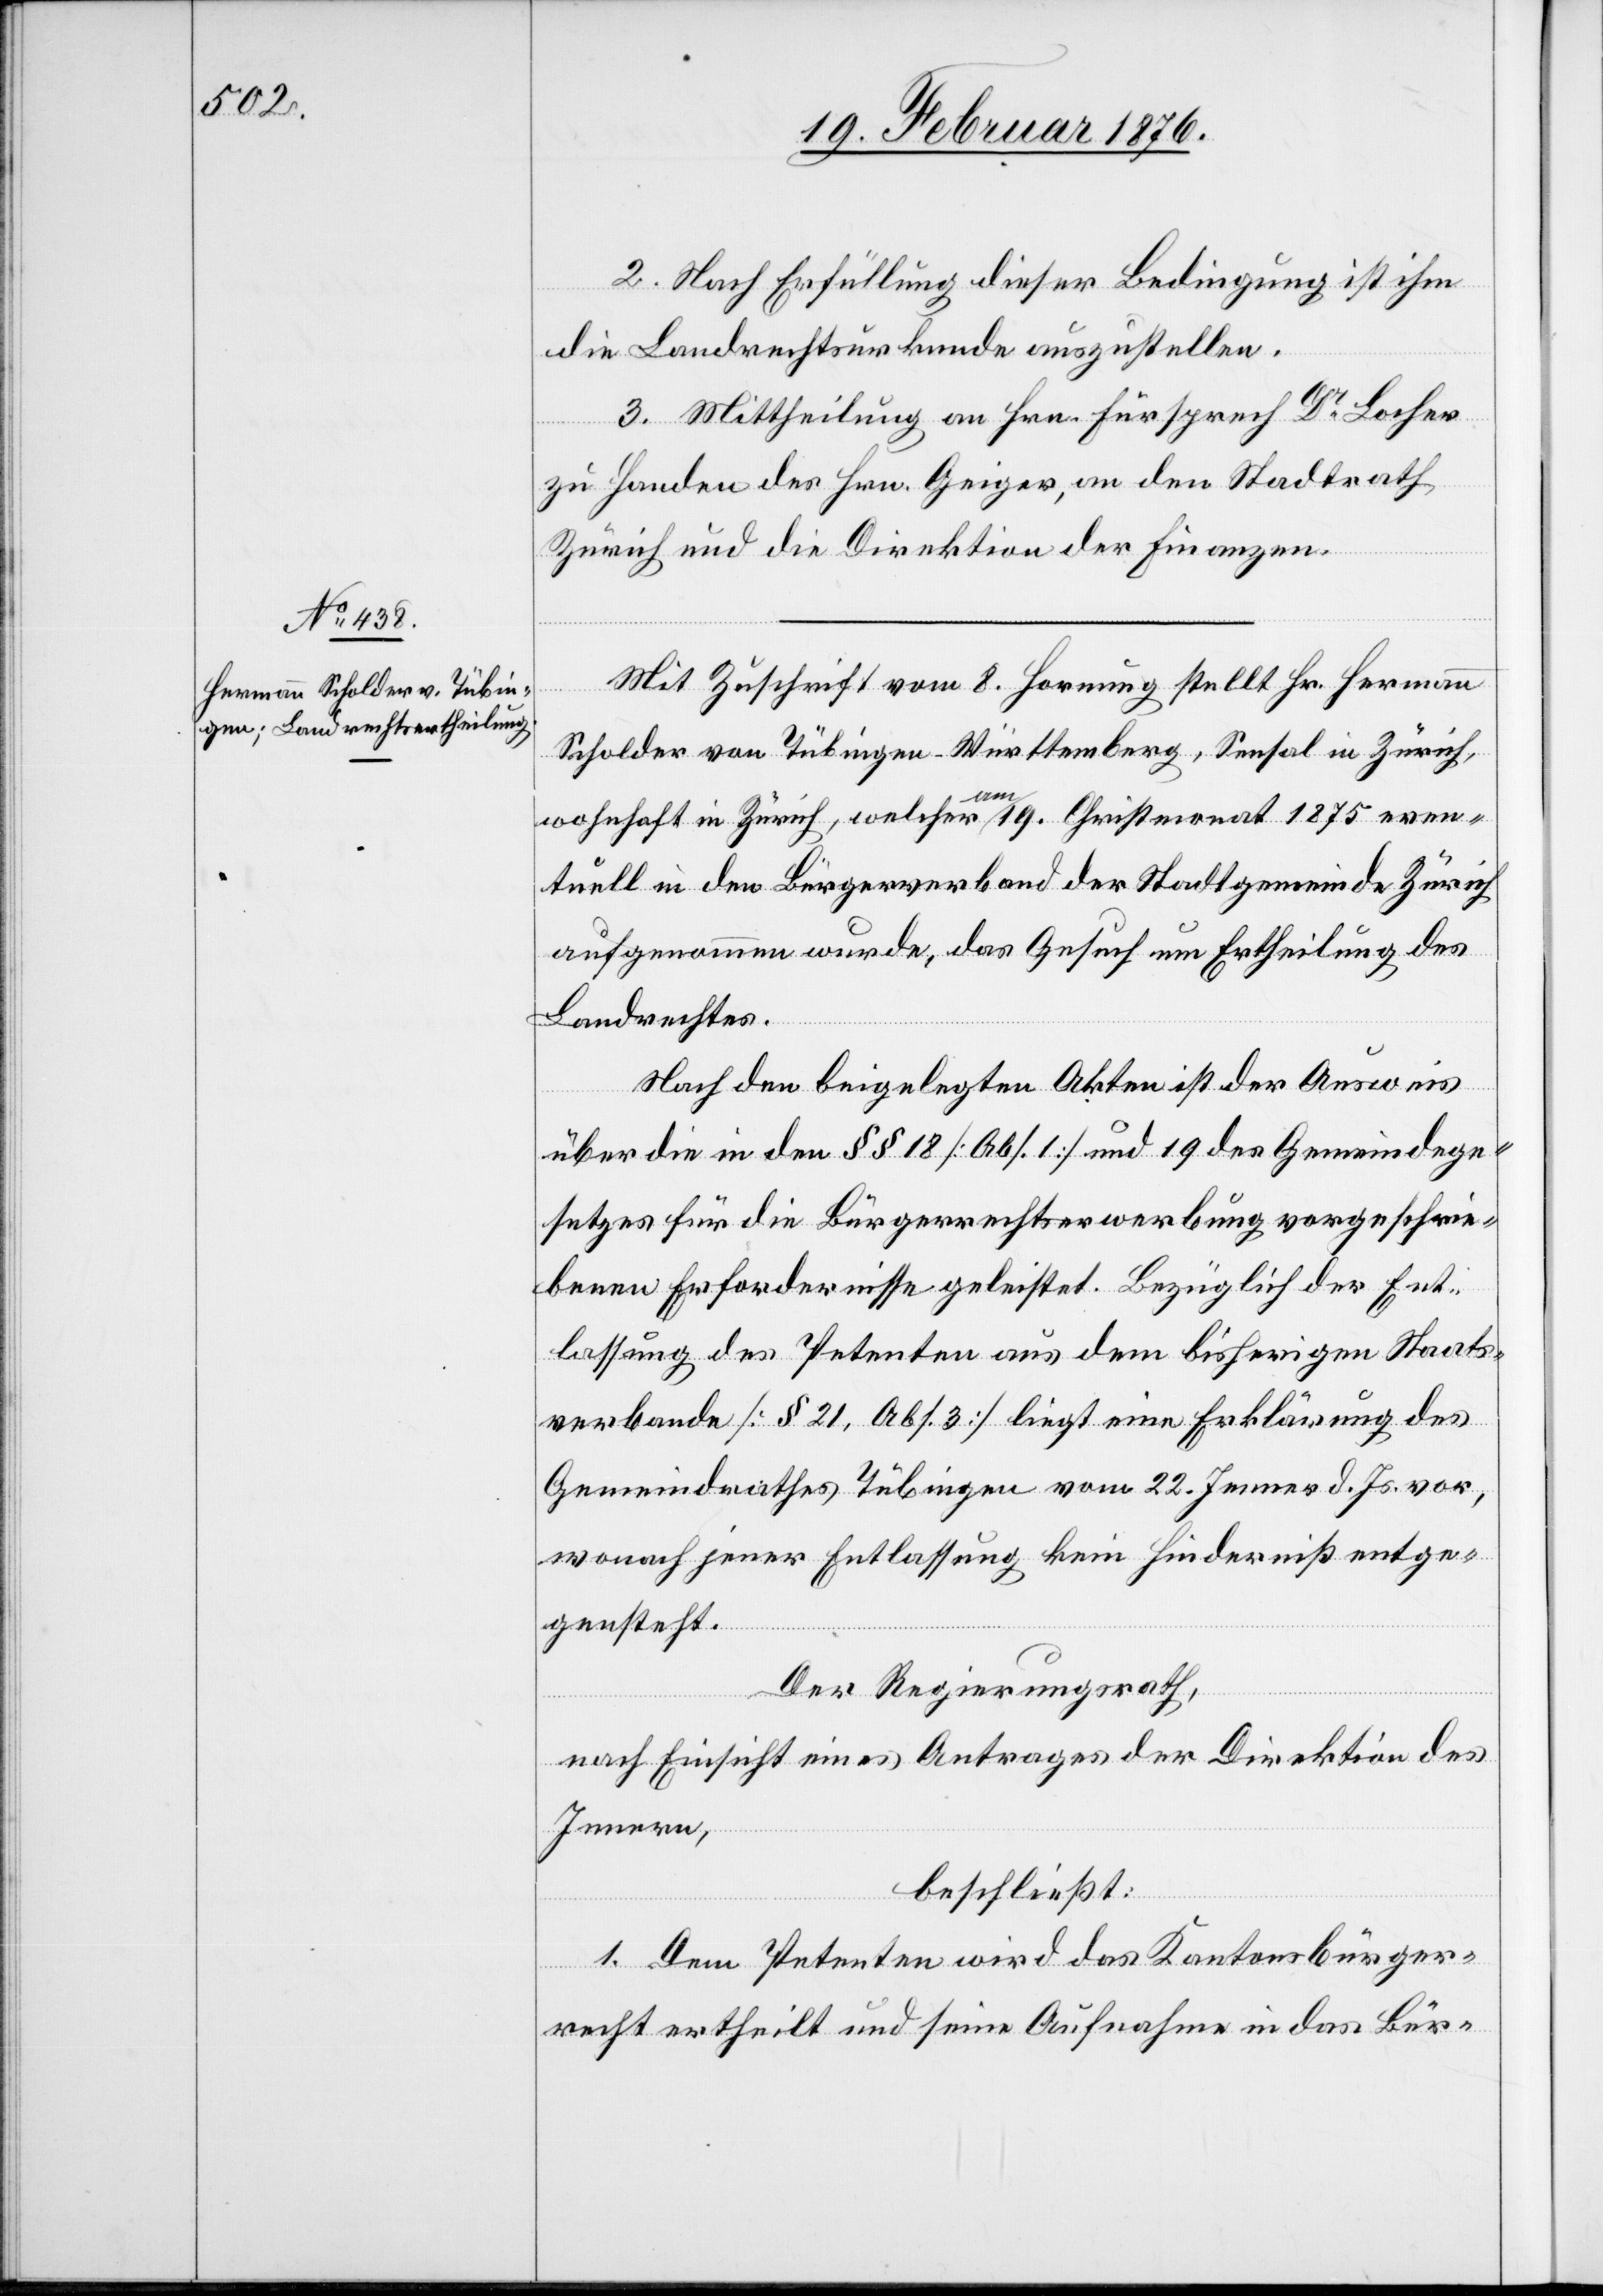
2. Nach Erfüllung dieser Bedingung ist ihm
die Landrechtsurkunde auszustellen.
3. Mittheilung an Hrn. Fürsprech Dr Locher
zu Handen des Hrn. Geiger, an den Stadtrath
Zürich und an die Direktion der Finanzen.
Mit Zuschrift vom 8. Hornung stellt Hr. Hermann
Scholder von Tübingen-Württemberg, Sensal in Zürich,
wohnhaft in Zürich, welcher am 19. Christmonat 1875 even¬
tuell in den Bürgerverband der Stadtgemeinde Zürich
aufgenommen wurde, das Gesuch um Ertheilung des
Landrechtes.
Nach den beigelegten Akten ist der Ausweis
über die in den §§ 18 [Abs. 1] und 19 des Gemeindege¬
setzes für die Bürgerrechtserwerbung vorgeschrie¬
benen Erfordernisse geleistet. Bezüglich der Ent¬
lassung des Petenten aus dem bisherigen Staats¬
verbande [§ 21, Abs. 3] liegt eine Erklärung des
Gemeindrathes Tübingen vom 22. Jenner d. Js. vor,
wonach jener Entlassung kein Hinderniß entge¬
gensteht.
Der Regierungsrath,
nach Einsicht eines Antrages der Direktion des
Innern,
beschließt:
1. Dem Petenten wird das Kantonsbürger¬
recht ertheilt und seine Aufnahme in das Bür-